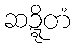
ဆဍ္ဍိတံ